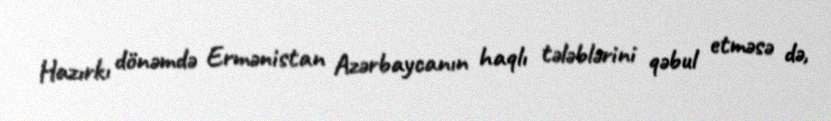
Hazırkı dönəmdə Ermənistan Azərbaycanın haqlı tələblərini qəbul etməsə də,